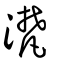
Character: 滼